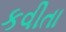
કવીતા